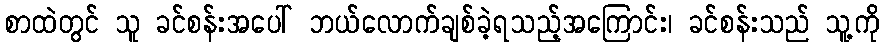
စာထဲတွင် သူ ခင်စန်းအပေါ် ဘယ်လောက်ချစ်ခဲ့ရသည့်အကြောင်း၊ ခင်စန်းသည် သူ့ကို